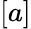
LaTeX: [a]